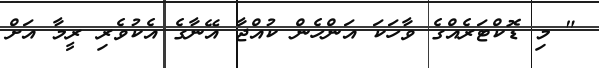
" މި ޑޮކްޓަރެއްގެ ވާހަކަ އަންހެން ކުއްޖާ އޭނާގެ އެކުވެރި ރީމާ އަށް